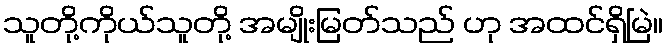
သူတို့ကိုယ်သူတို့ အမျိုးမြတ်သည် ဟု အထင်ရှိမြဲ။